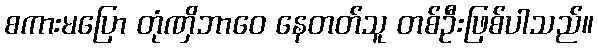
စကားမပြော တုံဏှိဘာဝေ နေတတ်သူ တစ်ဦးဖြစ်ပါသည်။